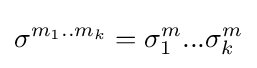
\sigma ^{m_{1}..m_{k}}=\sigma _{1}^{m}...\sigma _{k}^{m}